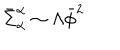
LaTeX: \bar { \Sigma } _ { \alpha } ^ { \alpha } \sim \Lambda \bar { \phi } ^ { 2 }